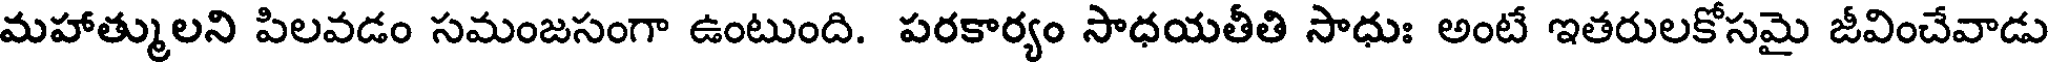
మహాత్ములని పిలవడం సమంజసంగా ఉంటుంది. పరకార్యం సాధయతీతి సాధుః అంటే ఇతరులకోసమై జీవించేవాడు